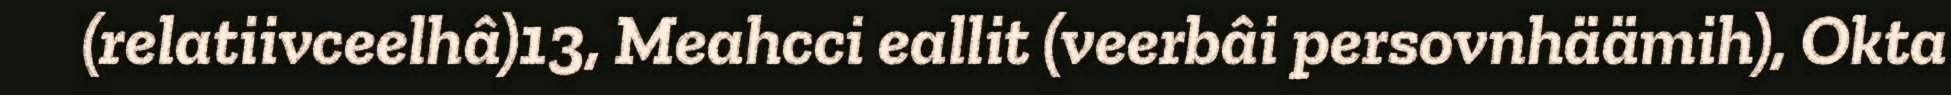
(relatiivceelhâ)13, Meahcci eallit (veerbâi persovnhäämih), Okta